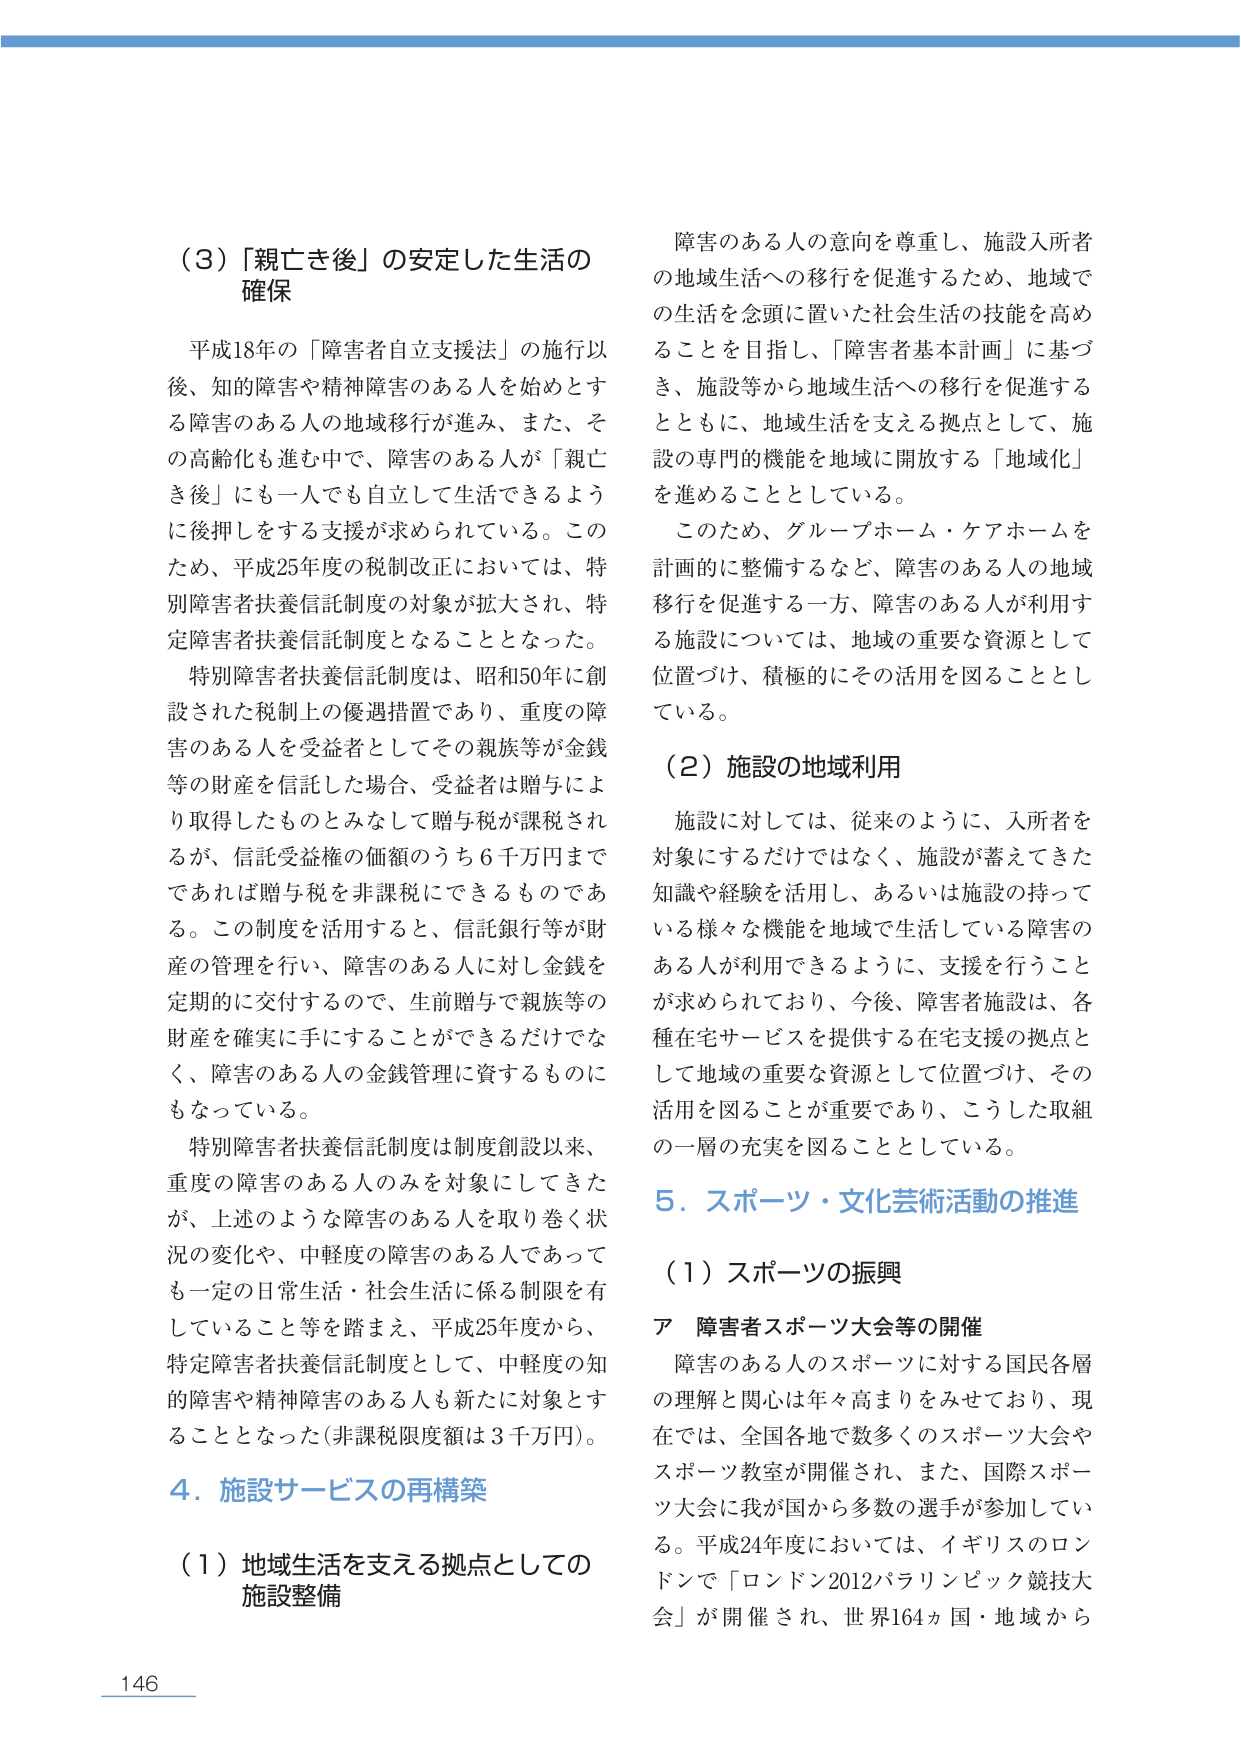
（3）「親亡き後」の安定した生活の
確保

平成18年の「障害者自立支援法」の施行以
後、知的障害や精神障害のある人を始めとす
る障害のある人の地域移行が進み、また、そ
の高齢化も進む中で、障害のある人が「親亡
き後」にも一人でも自立して生活できるよう
に後押しをする支援が求められている。この
ため、平成25年度の税制改正においては、特
別障害者扶養信託制度の対象が拡大され、特
定障害者扶養信託制度となることとなった。

特別障害者扶養信託制度は、昭和50年に創
設された税制上の優遇措置であり、重度の障
害のある人を受益者としてその親族等が金銭
等の財産を信託した場合、受益者は贈与によ
り取得したものとみなして贈与税が課税され
るが、信託受益権の価額のうち6千万円まで
であれば贈与税を非課税にできるものであ
る。この制度を活用すると、信託銀行等が財
産の管理を行い、障害のある人に対し金銭を
定期的に交付するので、生前贈与で親族等の
財産を確実に手にすることができるだけであ
く、障害のある人の金銭管理に資するものに
もなっている。

特別障害者扶養信託制度は制度創設以来、
重度の障害のある人のみを対象にしてきた
が、上述のような障害のある人を取り巻く状
況の変化や、中軽度の障害のある人であって
も一定の日常生活・社会生活に係る制限を有
していること等を踏まえ、平成25年度から、
特定障害者扶養信託制度として、中軽度の知
的障害や精神障害のある人も新たに対象とす
ることとなった（非課税限度額は3千万円）。

4．施設サービスの再構築

（1）地域生活を支える拠点としての
施設整備

障害のある人の意向を尊重し、施設入所者
の地域生活への移行を促進するため、地域で
の生活を念頭に置いた社会生活の技能を高め
ることを目指し、「障害者基本計画」に基づ
き、施設等から地域生活への移行を促進する
とともに、地域生活を支える拠点として、施
設の専門的機能を地域に開放する「地域化」
を進めることとしている。

このため、グループホーム・ケアホームを
計画的に整備するなど、障害のある人の地域
移行を促進する一方、障害のある人が利用す
る施設については、地域の重要な資源として
位置づけ、積極的にその活用を図ることとし
ている。

（2）施設の地域利用

施設に対しては、従来のように、入所者を
対象にするだけではなく、施設が蓄えてきた
知識や経験を活用し、あるいは施設の持って
いる様々な機能を地域で生活している障害の
ある人が利用できるように、支援を行うこと
が求められており、今後、障害者施設は、各
種在宅サービスを提供する在宅支援の拠点と
して地域の重要な資源として位置づけ、その
活用を図ることが重要であり、こうした取組
の一層の充実を図ることとしている。

5．スポーツ・文化芸術活動の推進

（1）スポーツの振興

ア 障害者スポーツ大会等の開催

障害のある人のスポーツに対する国民各層
の理解と関心は年々高まりをみせており、現
在では、全国各地で数多くのスポーツ大会や
スポーツ教室が開催され、また、国際スポー
ツ大会に我が国から多数の選手が参加してい
る。平成24年度においては、イギリスのロン
ドンで「ロンドン2012パラリンピック競技大
会」が開催され、世界164ヵ国・地域から

146